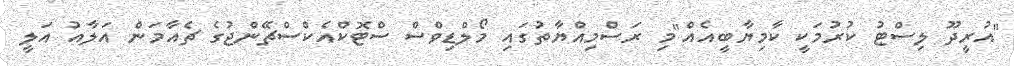
"އުރީދޫ ލިސްޓު ކުރުމަކީ ކާމިޔާބީއެއް"މި ރަސްމިއްޔާތުގައި މޯލްޑިވްސް ސްޓޮކްއެކްސްޗޭންޖުގެ ޗެއާމަން އަލާއު އަލީ